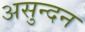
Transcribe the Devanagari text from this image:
असुन्दन